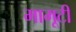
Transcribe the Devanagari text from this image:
मामूटी